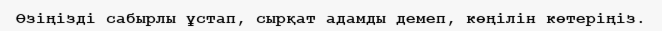
Өзіңізді сабырлы ұстап, сырқат адамды демеп, көңілін көтеріңіз.